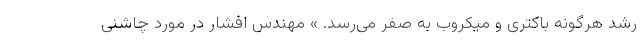
رشد هرگونه باکتری و میکروب به صفر می­رسد. » مهندس افشار در مورد چاشنی